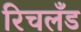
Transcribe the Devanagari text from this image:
रिचलँड